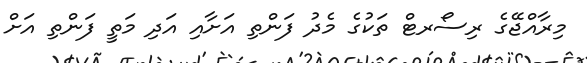
މިރާއްޖޭގެ ރިސޯރޓް ތަކުގެ މެދު ފަންތި އަށާއި އަދި މަތީ ފަންތި އަށް